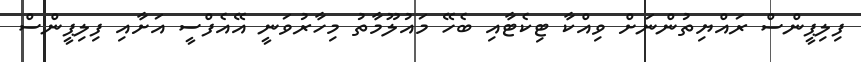
ފިލިޕީންސް ރައްޔިތުންނަށް ވިއްކާ ޓިކެޓާއި ބެހޭ މައުލޫމާތު މިހާރުވަނީ އޭއެފްސީ އަށާއި ފިލިޕީންސް